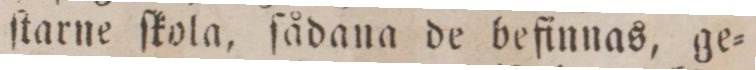
ſtarne ſkola, ſådana de befinnas, ge=